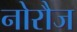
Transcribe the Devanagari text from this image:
नोरौज